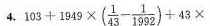
4. $$.1 0 3 + 1 9 4 9 \times( \frac{1}{4 3} - \frac{1}{1 9 9 2} ) + 4 3 \times$$